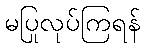
မပြုလုပ်ကြရန်